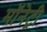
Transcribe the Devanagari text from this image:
मॉनेट्री